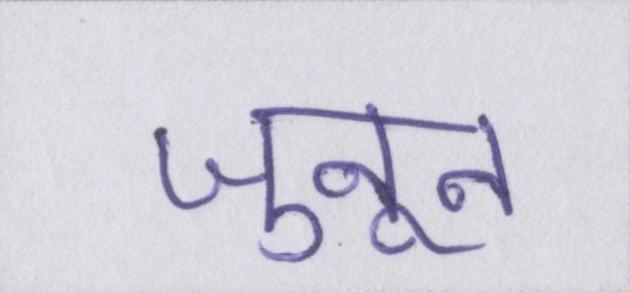
जुनून